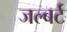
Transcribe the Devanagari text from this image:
जल्बर्ट